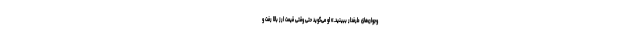
وجوان‌های طرفدار ببینید.» او می‌گوید حتی وقتی قیمت ارز بالا رفت و